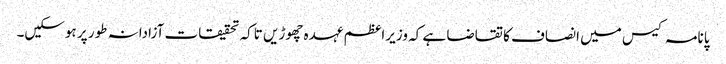
پانامہ کیس میں انصاف کا تقاضا ہے کہ وزیراعظم عہدہ چھوڑیں تاکہ تحقیقات آزادانہ طور پر ہوسکیں۔